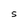
Character: S